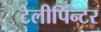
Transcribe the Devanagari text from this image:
टेलीपिंन्टर